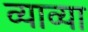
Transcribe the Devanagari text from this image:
व्याव्या